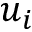
u _ { i }